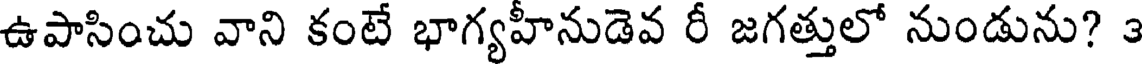
ఉపాసించు వాని కంటే భాగ్యహీనుడెవ రీ జగత్తులో నుండును? 3